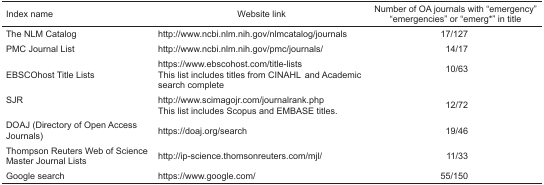
<table><thead><tr><td><b>Index name</b></td><td><b>Website link</b></td><td><b>Number of OA journals with “emergency” “emergencies” or “emerg<sup>*</sup>” in title</b></td></tr></thead><tbody><tr><td>The NLM Catalog</td><td>http://www.ncbi.nlm.nih.gov/nlmcatalog/journals</td><td>17/127</td></tr><tr><td>PMC Journal List</td><td>http://www.ncbi.nlm.nih.gov/pmc/journals/</td><td>14/17</td></tr><tr><td>EBSCOhost Title Lists</td><td>https://www.ebscohost.com/title-lists This list includes titles from CINAHL and Academic search complete</td><td>10/63</td></tr><tr><td>SJR</td><td>http://www.scimagojr.com/journalrank.php This list includes Scopus and EMBASE titles.</td><td>12/72</td></tr><tr><td>DOAJ (Directory of Open Access Journals)</td><td>https://doaj.org/search</td><td>19/46</td></tr><tr><td>Thompson Reuters Web of Science Master Journal Lists</td><td>http://ip-science.thomsonreuters.com/mjl/</td><td>11/33</td></tr><tr><td>Google search</td><td>https://www.google.com/</td><td>55/150</td></tr></tbody></table>